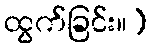
ထွက်ခြင်း။)